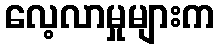
လေ့လာမှုများက